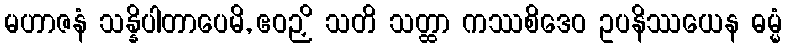
မဟာဇနံ သန္နိပါတာပေမိ, ဧဝဉှိ သတိ သတ္ထာ ကဿစိဒေဝ ဥပနိဿယေန ဓမ္မံ